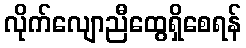
လိုက်လျောညီထွေရှိစေရန်